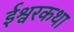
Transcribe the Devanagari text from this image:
ईश्वरकथा